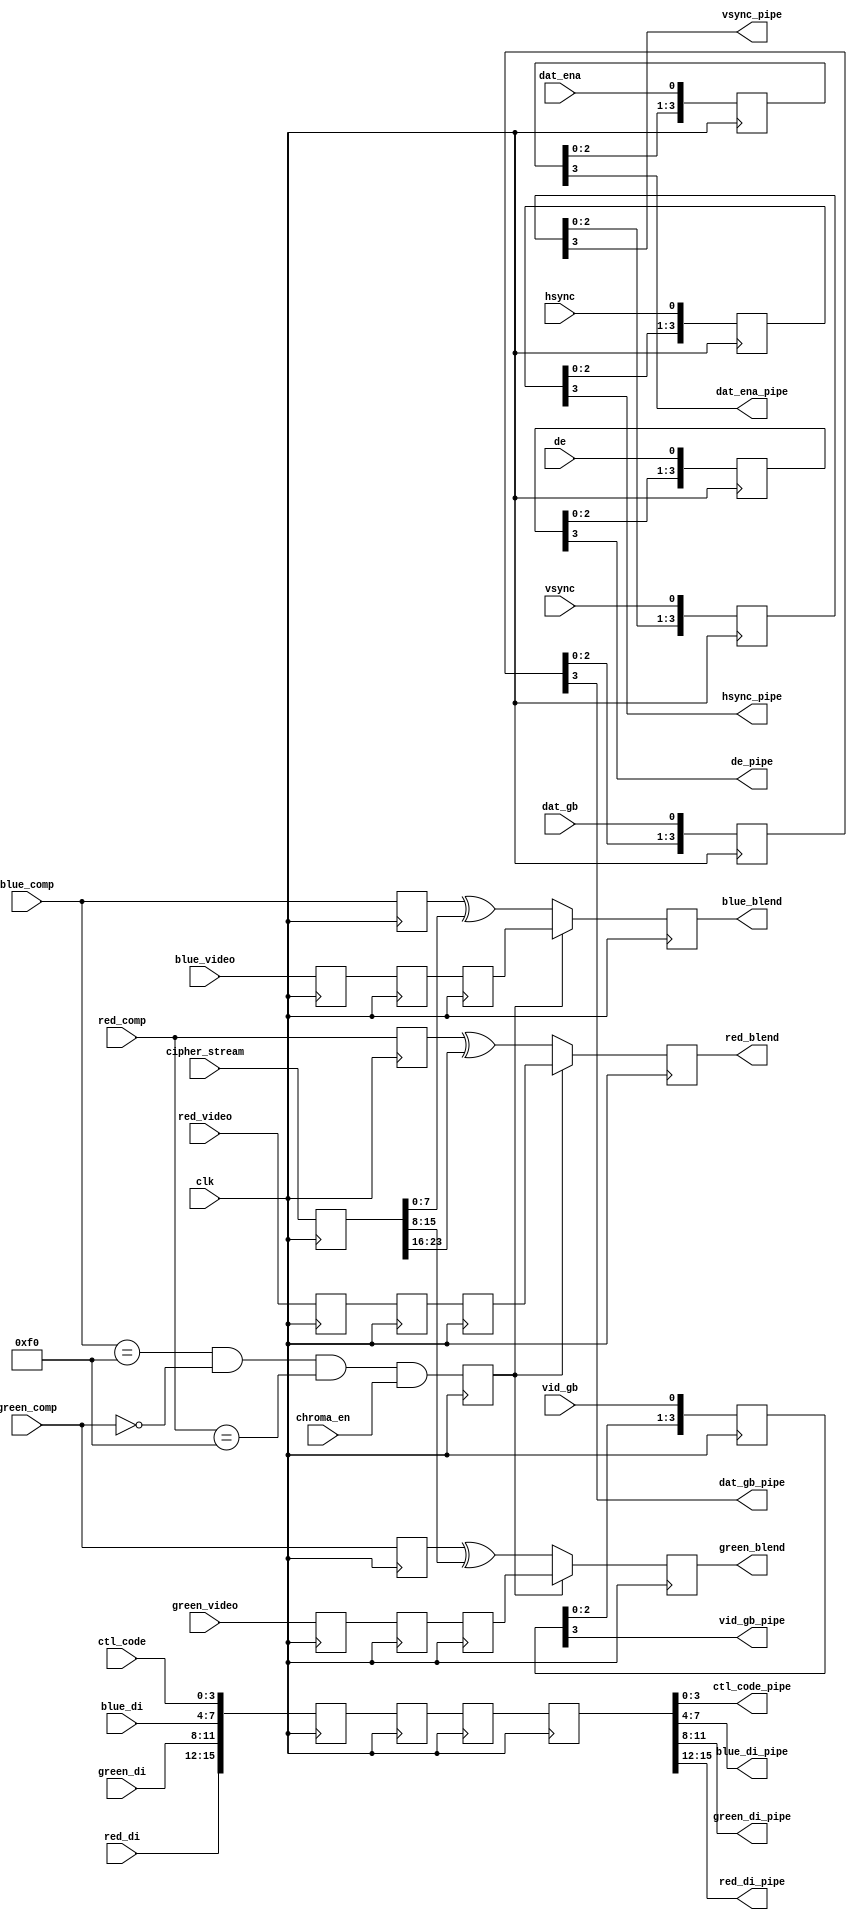
/*
    This program is free software: you can redistribute it and/or modify
     it under the terms of the GNU General Public License as published by
     the Free Software Foundation, either version 3 of the License, or
     (at your option) any later version.
 
     This program is distributed in the hope that it will be useful,
     but WITHOUT ANY WARRANTY; without even the implied warranty of
     MERCHANTABILITY or FITNESS FOR A PARTICULAR PURPOSE.  See the
     GNU General Public License for more details.
 
     You should have received a copy of the GNU General Public License
     along with this program.  If not, see <http://www.gnu.org/licenses/>.
 
 
     Copyright 2016 Andrew 'bunnie' Huang, all rights reserved 
 */

module chroma_key(
		    input 	 clk,

		    input [7:0]  blue_video,
		    input [7:0]  green_video,
		    input [7:0]  red_video,

		    input [7:0]  blue_comp,
		    input [7:0]  green_comp,
		    input [7:0]  red_comp,

		    output [7:0] blue_blend,
		    output [7:0] green_blend,
		    output [7:0] red_blend,

		    input [23:0] cipher_stream,

		    input 	 chroma_en,

		    input 	 hsync,
		    input 	 vsync,
		    input 	 de,
		    input 	 vid_gb,
		    input 	 dat_gb,
		    input 	 dat_ena,
		    input [3:0]  ctl_code,

		    input [3:0]  blue_di,
		    input [3:0]  red_di,
		    input [3:0]  green_di,

		    output 	 hsync_pipe,
		    output 	 vsync_pipe,
		    output 	 de_pipe,
		    output 	 vid_gb_pipe,
		    output 	 dat_gb_pipe,
		    output 	 dat_ena_pipe,
		    output [3:0] ctl_code_pipe,

		    output [3:0] blue_di_pipe,
		    output [3:0] green_di_pipe,
		    output [3:0] red_di_pipe
		    );

   reg [7:0] 			 blue_video_chroma;
   reg [7:0] 			 green_video_chroma;
   reg [7:0] 			 red_video_chroma;

   reg [7:0] 			 blue_comp_chroma;
   reg [7:0] 			 green_comp_chroma;
   reg [7:0] 			 red_comp_chroma;

   reg [7:0] 			 blue_add;
   reg [7:0] 			 green_add;
   reg [7:0] 			 red_add;
   
   reg [7:0] 			 b1;
   reg [7:0] 			 b2;
   reg [7:0] 			 g1;
   reg [7:0] 			 g2;
   reg [7:0] 			 r1;
   reg [7:0] 			 r2;

   reg [23:0] 			 cipherpipe;

   reg 				 chroma_on;
      
   always @(posedge clk) begin
      b1 <= blue_video;
      g1 <= green_video;
      r1 <= red_video;

      b2 <= b1;
      g2 <= g1;
      r2 <= r1;

      blue_video_chroma <= b2;
      green_video_chroma <= g2;
      red_video_chroma <= r2;

      blue_comp_chroma <= blue_comp;
      green_comp_chroma <= green_comp;
      red_comp_chroma <= red_comp;

      chroma_on <= ((blue_comp == 8'hf0) && (green_comp == 8'h00) && (red_comp == 8'hf0)) && chroma_en;

      // _comp channel is unencrypted, so xor with cipher stream to encrypt it
      blue_add <= chroma_on ? blue_video_chroma : blue_comp_chroma ^ cipherpipe[7:0];
      green_add <= chroma_on ? green_video_chroma : green_comp_chroma ^ cipherpipe[15:8];
      red_add <= chroma_on ? red_video_chroma : red_comp_chroma ^ cipherpipe[23:16];

      cipherpipe <= cipher_stream;
      
   end // always @ (posedge clk)
   assign blue_blend = blue_add;
   assign green_blend = green_add;
   assign red_blend = red_add;

   // 4 pipe delays total necessary on all other pass-through signals
   parameter D = 4;
   reg[D-1:0] hsync_p;
   reg[D-1:0] vsync_p;
   reg[D-1:0] de_p;
   reg[D-1:0] vid_gb_p;
   reg[D-1:0] dat_gb_p;
   reg[D-1:0] dat_ena_p;

   always @(posedge clk) begin
      hsync_p[D-1:0] <= {hsync_p[D-2:0], hsync};
      vsync_p[D-1:0] <= {vsync_p[D-2:0], vsync};
      de_p[D-1:0] <= {de_p[D-2:0], de};
      vid_gb_p[D-1:0] <= {vid_gb_p[D-2:0], vid_gb};
      dat_gb_p[D-1:0] <= {dat_gb_p[D-2:0], dat_gb};
      dat_ena_p[D-1:0] <= {dat_ena_p[D-2:0], dat_ena};
   end
   assign hsync_pipe = hsync_p[D-1];
   assign vsync_pipe = vsync_p[D-1];
   assign de_pipe = de_p[D-1];
   assign vid_gb_pipe = vid_gb_p[D-1];
   assign dat_gb_pipe = dat_gb_p[D-1];
   assign dat_ena_pipe = dat_ena_p[D-1];

   // manually do the bus...
   reg [15:0] p1;
   reg [15:0] p2;
   reg [15:0] p3;
   reg [15:0] p4;
   always @(posedge clk) begin
      p1 <= {red_di, green_di, blue_di, ctl_code};
      p2 <= p1;
      p3 <= p2;
      p4 <= p3;
   end
   assign red_di_pipe = p4[15:12];
   assign green_di_pipe = p4[11:8];
   assign blue_di_pipe = p4[7:4];
   assign ctl_code_pipe = p4[3:0];
   
   
endmodule // chroma_key